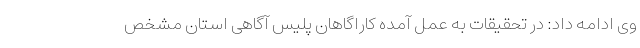
وی ادامه داد: در تحقیقات به عمل آمده کاراگاهان پلیس آگاهی استان مشخص